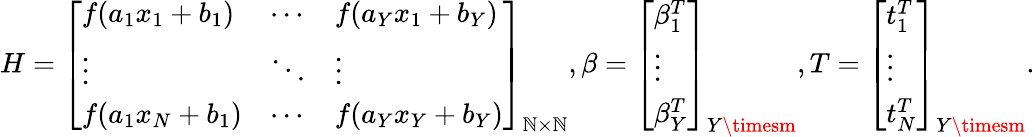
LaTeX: H=\left[\begin{array}{lll}{f(a_{1}x_{1}+b_{1})}&{\cdots}&{f(a_{Y}x_{1}+b_{Y})}\\ {\vdots}&{\ddots}&{\vdots}\\ {f(a_{1}x_{N}+b_{1})}&{\cdots}&{f(a_{Y}x_{Y}+b_{Y})}\end{array}\right]_{\mathbb{N}\times\mathbb{N}},\beta=\left[\begin{array}{l}{\beta_{1}^{T}}\\ {\vdots}\\ {\beta_{Y}^{T}}\end{array}\right]_{Y\timesm},T=\left[\begin{array}{l}{t_{1}^{T}}\\ {\vdots}\\ {t_{N}^{T}}\end{array}\right]_{Y\timesm}.